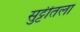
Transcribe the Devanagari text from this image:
सुट्टीतला